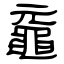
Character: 黿